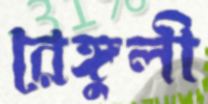
রেঙ্গুলী